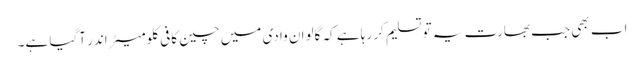
اب بھی جب بھارت یہ تو تسلیم کر رہا ہے کہ گالوان وادی میں چین کافی کلومیٹر اندر آگیا ہے۔